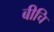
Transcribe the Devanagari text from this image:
बीचि